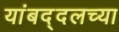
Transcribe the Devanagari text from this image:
यांबद्दलच्या